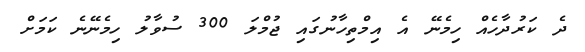
ދެ ކަރުދާހެއް ހިމެނޭ އެ އިމްތިހާނުގައި ޖުމްލަ 300 ސުވާލު ހިމެނޭނެ ކަމަށް